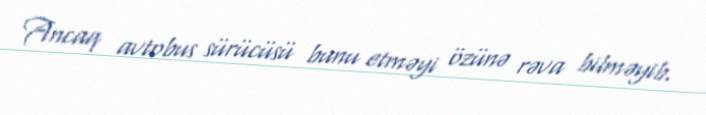
Ancaq avtobus sürücüsü bunu etməyi özünə rəva bilməyib.